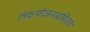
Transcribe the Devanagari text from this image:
लक्षयोजनप्रमिताः